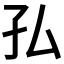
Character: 𭒸